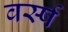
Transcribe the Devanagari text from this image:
वर्स्ष